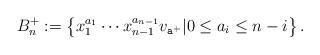
LaTeX: \begin{align*}B_n^+:=\left\{x_1^{a_1}\cdots x_{n-1}^{a_{n-1}}v_{\mathtt{a}^+}| 0 \leq a_i \leq n-i\right\}.\end{align*}